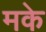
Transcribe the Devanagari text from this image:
मके